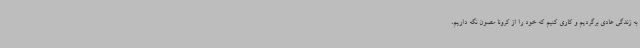
به زندگی عادی برگردیم و کاری کنیم که خود را از کرونا مصون نگه داریم،